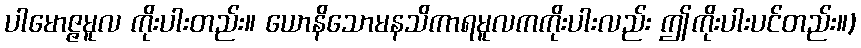
ပါမောဇ္ဇမူလ ကိုးပါးတည်း။ ယောနိသောမနသိကာရမူလကကိုးပါးလည်း ဤကိုးပါးပင်တည်း။)